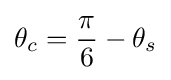
\theta _{c}={\frac {\pi }{6}}-\theta _{s}